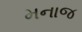
મનાજ